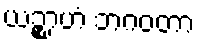
ယဉ္စာဟံ ဘဂဝတာ